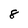
Character: 8